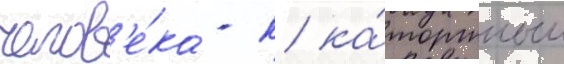
челов'е́ка - к ка́торжным